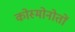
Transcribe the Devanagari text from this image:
कोस्मोनोतों